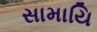
સામાયિ